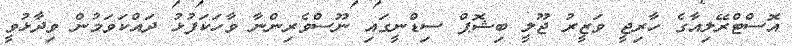
އޮސްޓްރޭލިއާގެ ހާރިޖީ ވަޒީރު ޖޫލީ ބިޝޮޕް ސިޑްނީގައި ނޫސްވެރިންނާ ވާހަކަފުޅު ދައްކަވަމުން ވިދާޅުވީ